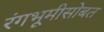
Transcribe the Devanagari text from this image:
रंगभूमीसोबत